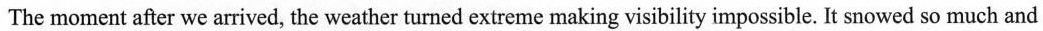
The moment after we arrived, the weather turned extreme making visibility impossible. It snowed so much and